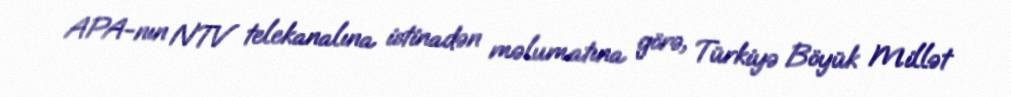
APA-nın NTV telekanalına istinadən məlumatına görə, Türkiyə Böyük Millət